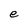
Character: e